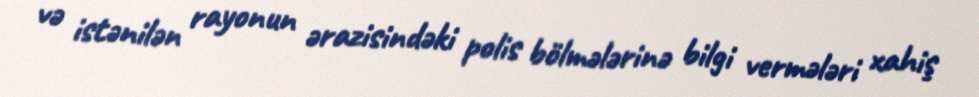
və istənilən rayonun ərazisindəki polis bölmələrinə bilgi vermələri xahiş